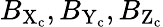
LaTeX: B_{\mathrm{X}_{\mathrm{c}}},B_{\mathrm{Y}_{\mathrm{c}}},B_{\mathrm{Z}_{\mathrm{c}}}